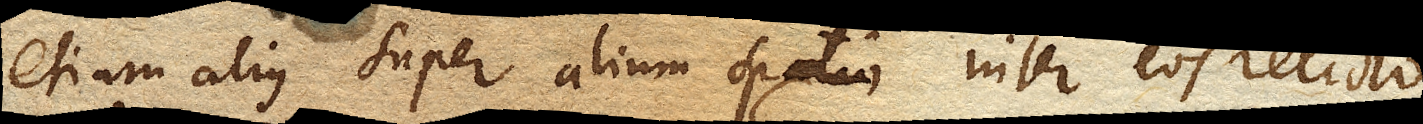
etiam alius super alium spatio inter eos relicto